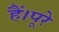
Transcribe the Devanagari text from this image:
हैं।पूरे